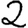
Digit: 2